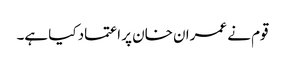
قوم نے عمران خان پر اعتماد کیا ہے۔